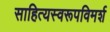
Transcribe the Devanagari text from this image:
साहित्यस्वरूपविमर्श